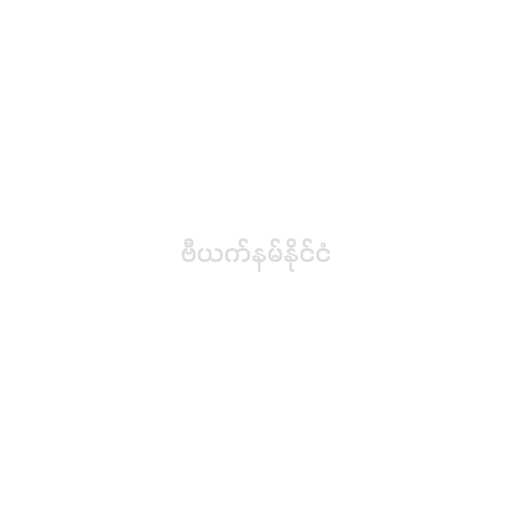
ဗီယက်နမ်နိုင်ငံ